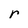
Character: r